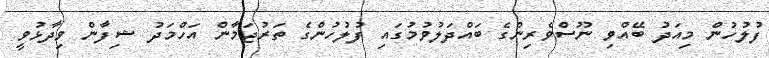
ފުލުހުން މިއަދު ބޭއްވި ނޫސްވެރިންގެ ބައްދަލުވުމުގައި ފުލުހުންގެ ތަރުޖަމާން އަހްމަދު ޝިފާން ވިދާޅުވީ